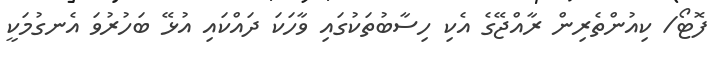
ފޮޓޯ/ ކިއުންތެރިން ރާއްޖޭގެ އެކި ހިސާބުތަކުގައި ވާހަކަ ދައްކައި އުޅޭ ބަހުރުވަ އެނގުމަކީ